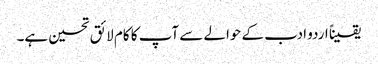
یقیناً اردو ادب کے حوالے سے آپ کا کام لائق تحسین ہے۔